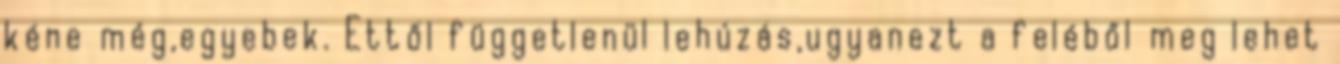
kéne még,egyebek. Ettől függetlenül lehúzás,ugyanezt a feléből meg lehet